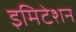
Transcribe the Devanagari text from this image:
इमिटेशन